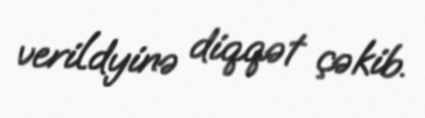
verildyinə diqqət çəkib.